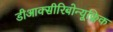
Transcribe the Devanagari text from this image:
डीआक्सीरिबोन्यूक्लिक